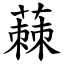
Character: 蕀